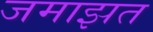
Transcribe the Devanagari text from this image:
जमाझत